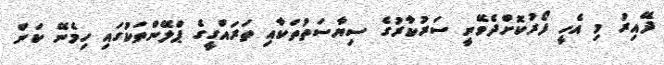
ދޭއިރު މި އެހީ ފޯރުކޮށްދެވޭނީ ސަރުކާރުގެ ސިޔާސަތުތަކާއި ތަރައްގީގެ ޕްލޭންތަކުގައި ހިމެނޭ ކަން